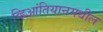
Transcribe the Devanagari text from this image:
व्हिआंतियानमधील